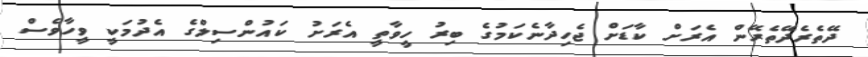
ދޭތެރެދޭތެރޭން އެރަށް ކާޑަށް ޖެހިދާނެކަމުގެ ބިރު ހީވާތީ އެރަށު ކައުންސިލްގެ އެދުމަކީ ވީހާވެސް